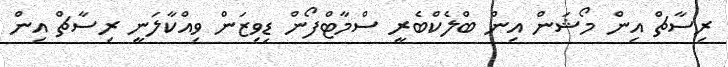
ރިސާޗް އިން މޯޝަން އިން ބްލެކްބެރީ ސްމާޓްފޯން ޑިވިޒަން ވިއްކާލަނީ ރިސާޗް އިން